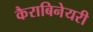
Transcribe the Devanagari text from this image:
कैराबिनेयरी